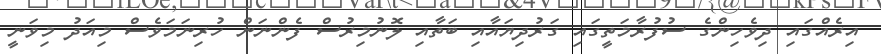
އިރެއްގައި ދިވެހިންގެ ސުފުރާމަތީގައި ގަރުދިޔައާއި ބަތާއި ލޮނުމިރުސް ފެންނަން ހުރިނަމަވެސް މިއަދު މިވަނީ